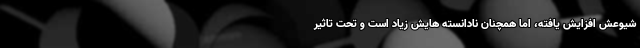
شیوعش افزایش یافته، اما همچنان نادانسته هایش زیاد است و تحت تاثیر